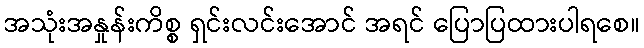
အသုံးအနှုန်းကိစ္စ ရှင်းလင်းအောင် အရင် ပြောပြထားပါရစေ။